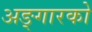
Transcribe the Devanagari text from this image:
अङ्गारको